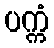
ပက္ကံ